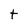
Character: t